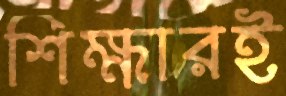
শিক্ষারই